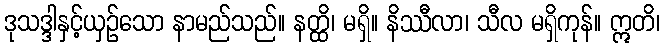
ဒုသဒ္ဒါနှင့်ယှဉ်သော နာမည်သည်။ နတ္ထိ၊ မရှိ။ နိဿီလာ၊ သီလ မရှိကုန်။ ဣတိ၊